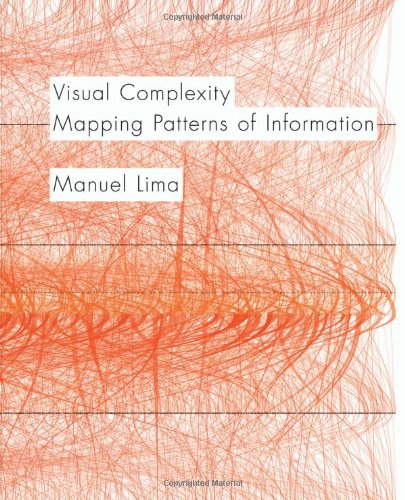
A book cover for Visual Complexity: Mapping Patterns of Information; Manuel Lima; Arts & Photography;